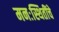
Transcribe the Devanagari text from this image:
मनःस्थितींचे